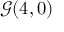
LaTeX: { \mathcal { G } } ( 4 , 0 )